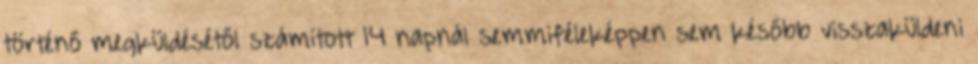
történő megküldésétől számított 14 napnál semmiféleképpen sem később visszaküldeni